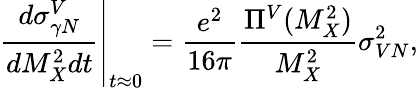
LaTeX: \left.\frac{d\sigma_{\gamma N}^{V}}{dM_{X}^{2}dt}\right|_{t\approx 0}=\frac{e^{2}}{16\pi}\frac{\Pi^{V}(M_{X}^{2})}{M_{X}^{2}}\sigma_{VN}^{2},